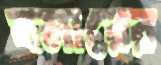
বমারের